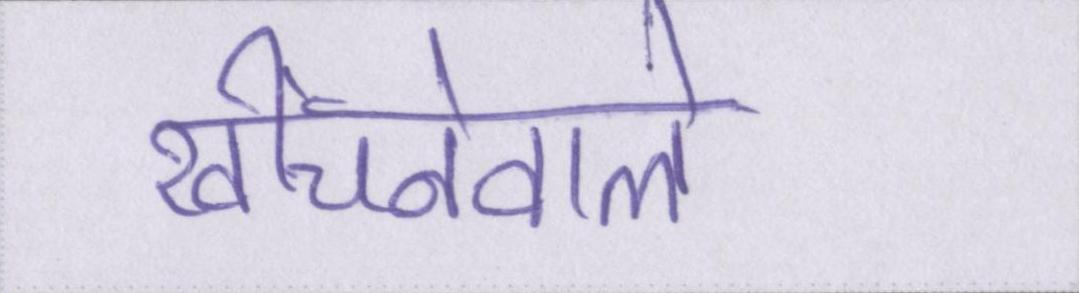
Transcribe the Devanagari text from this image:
खींचनेवाले